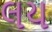
લય